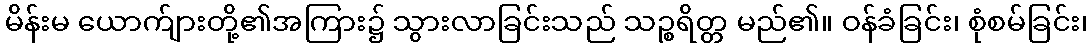
မိန်းမ ယောက်ျားတို့၏အကြား၌ သွားလာခြင်းသည် သဉ္စရိတ္တ မည်၏။ ဝန်ခံခြင်း၊ စုံစမ်ခြင်း၊